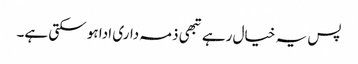
پس یہ خیال رہے تبھی ذمہ داری ادا ہو سکتی ہے۔